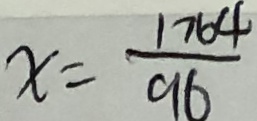
x = \frac { 1 7 6 4 } { 9 6 }